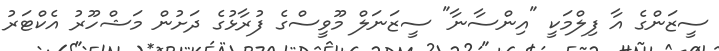
ސީޒަންގެ އާ ފިލްމަކީ "އިންސާނާ" ސީޒަނަލް މޫވީސްގެ ފުރާޅުގެ ދަށުން މަޝްހޫރު އެކްޓަރު